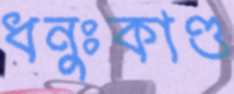
ধনুঃকাণ্ড